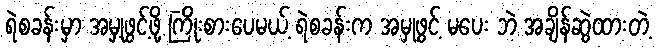
ရဲစခန်းမှာ အမှုဖွင့်ဖို့ ကြိုးစားပေမယ့် ရဲစခန်းက အမှုဖွင့် မပေး ဘဲ အချိန်ဆွဲထားတဲ့